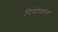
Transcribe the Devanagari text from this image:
पियोप्यांग